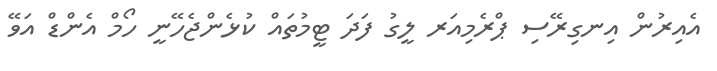
އެއިރުން އިނގިރޭސި ޕްރެމިއަރ ލީގު ފަދަ ޓީމުތައް ކުޅެންޖެހޭނީ ހޯމް އެންޑް އަވޭ